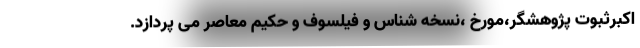
اکبرثبوت پژوهشگر،مورخ ،نسخه شناس و فیلسوف و حکیم معاصر می پردازد.